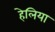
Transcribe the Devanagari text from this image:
हेलिया